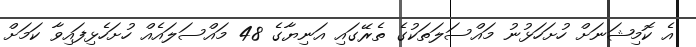
އެ ކޮމިޝަނަށް ހުށަހަޅުނު މައްސަލަތަކުގެ ތެރޭގައި އަނިޔާގެ 48 މައްސަލައެއް ހުށަހެޅިފައިވާ ކަމަށް